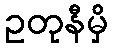
ဥတုနီမှိ